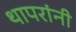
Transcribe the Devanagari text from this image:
थापरांनी